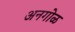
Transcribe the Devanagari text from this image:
अनगोळ